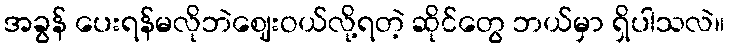
အခွန် ပေးရန်မလိုဘဲဈေးဝယ်လို့ရတဲ့ ဆိုင်တွေ ဘယ်မှာ ရှိပါသလဲ။